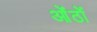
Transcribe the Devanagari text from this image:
ओंठों